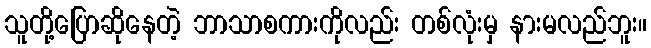
သူတို့ပြောဆိုနေတဲ့ ဘာသာစကားကိုလည်း တစ်လုံးမှ နားမလည်ဘူး။